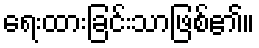
ရေးထားခြင်းသာဖြစ်၏။